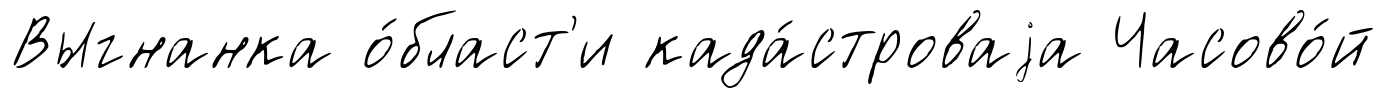
Выгнанка о́бласт'и када́строваjа Часово́й